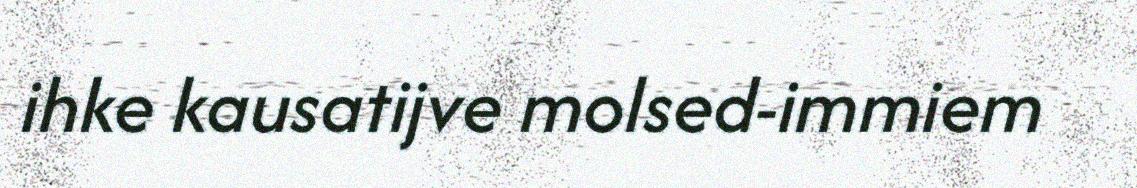
ihke kausatijve molsed-immiem